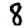
Digit: 8